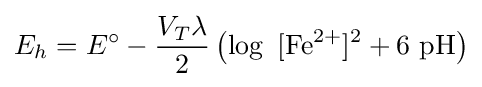
E_{h}={E^{\circ }}-{\frac {V_{T}\lambda }{2}}\left(\log \ {[\mathrm {Fe} {\vphantom {A}}^{2+}]{\vphantom {A}}^{2}}+6\ {\mathrm {pH} }\right)